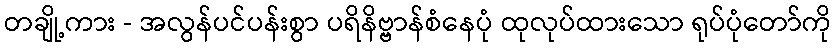
တချို့ကား - အလွန်ပင်ပန်းစွာ ပရိနိဗ္ဗာန်စံနေပုံ ထုလုပ်ထားသော ရုပ်ပုံတော်ကို